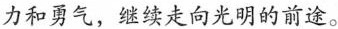
力和勇气，继续走向光明的前途。